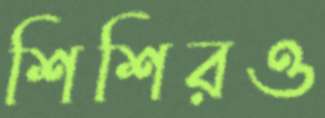
শিশিরও